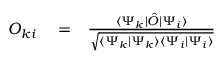
\begin{array} { r l r } { O _ { k i } } & { { } = } & { \frac { \langle { \Psi _ { k } | \hat { O } | \Psi _ { i } } \rangle } { \sqrt { \langle { \Psi _ { k } | \Psi _ { k } } \rangle { \langle { \Psi _ { i } | \Psi _ { i } } \rangle } } } } \end{array}